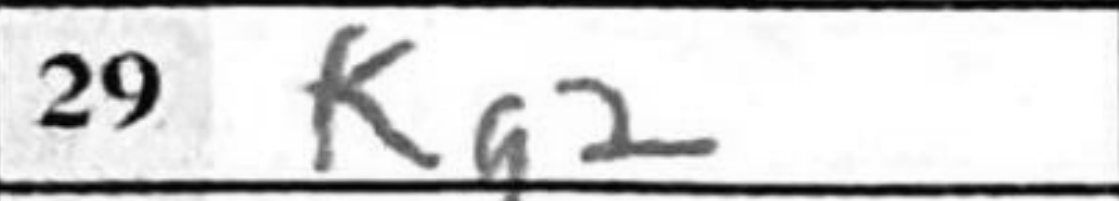
Transcription: Kg2